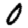
Digit: 0